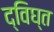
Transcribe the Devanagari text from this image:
द्विघ्त